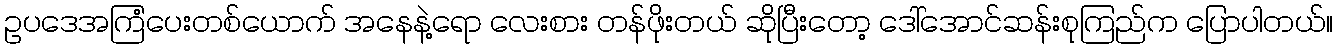
ဥပဒေအကြံပေးတစ်ယောက် အနေနဲ့ရော လေးစား တန်ဖိုးတယ် ဆိုပြီးတော့ ဒေါ်အောင်ဆန်းစုကြည်က ပြောပါတယ်။